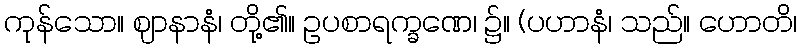
ကုန်သော။ ဈာနာနံ၊ တို့၏။ ဥပစာရက္ခဏေ၊ ၌။ (ပဟာနံ၊ သည်။ ဟောတိ၊